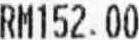
RM152.00